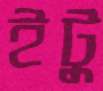
ইটু